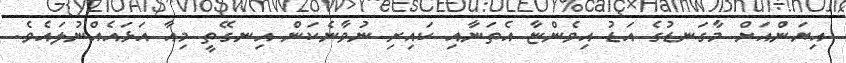
އިޔަންއަށް މާގަނޑުގެ އަޑު އިވެންޏާ އެތަނާއި ކައިރި ނުވާނެކަން އިނގޭތީ މިއާ އަޅައެއްނުލައެވެ.